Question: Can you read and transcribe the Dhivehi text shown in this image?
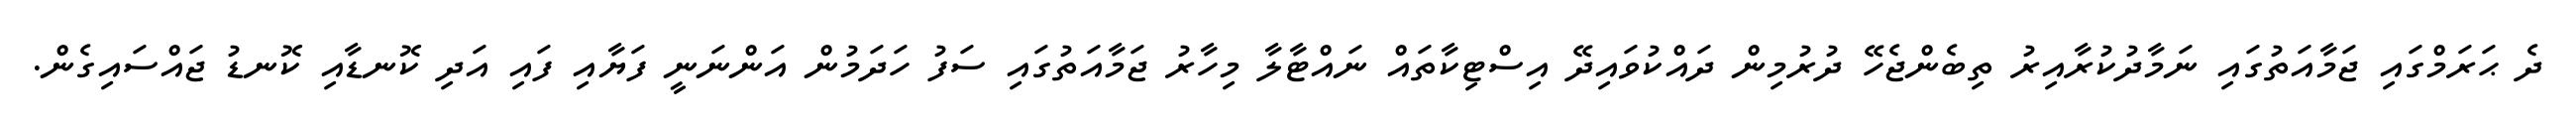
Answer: ދެ ޙަރަމްގައި ޖަމާއަތުގައި ނަމާދުކުރާއިރު ތިބެންޖެހޭ ދުރުމިން ދައްކުވައިދޭ އިސްޓިކާތައް ނައްޓާލާ މިހާރު ޖަމާއަތުގައި ސަފު ހަދަމުން އަންނަނީ ފަޔާއި ފައި އަދި ކޮނޑާއި ކޮނޑު ޖައްސައިގެން.